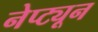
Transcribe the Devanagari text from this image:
नेप्ट्यून